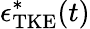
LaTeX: \epsilon_{\mathrm{TKE}}^{*}(t)